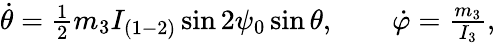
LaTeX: \begin{array}{r}{\dot{\theta}=\frac 12m_{3}I_{(1-2)}\sin 2\psi_{0}\sin\theta,\qquad\dot{\varphi}=\frac{m_{3}}{I_{3}},}\end{array}